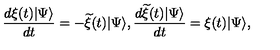
\frac { d \xi ( t ) | \Psi \rangle } { d t } = - { \widetilde \xi } ( t ) | \Psi \rangle , \frac { d { \widetilde \xi } ( t ) | \Psi \rangle } { d t } = \xi ( t ) | \Psi \rangle ,